Vaike-Kopu_(Puiatu)_vallavalitsus, lk 25
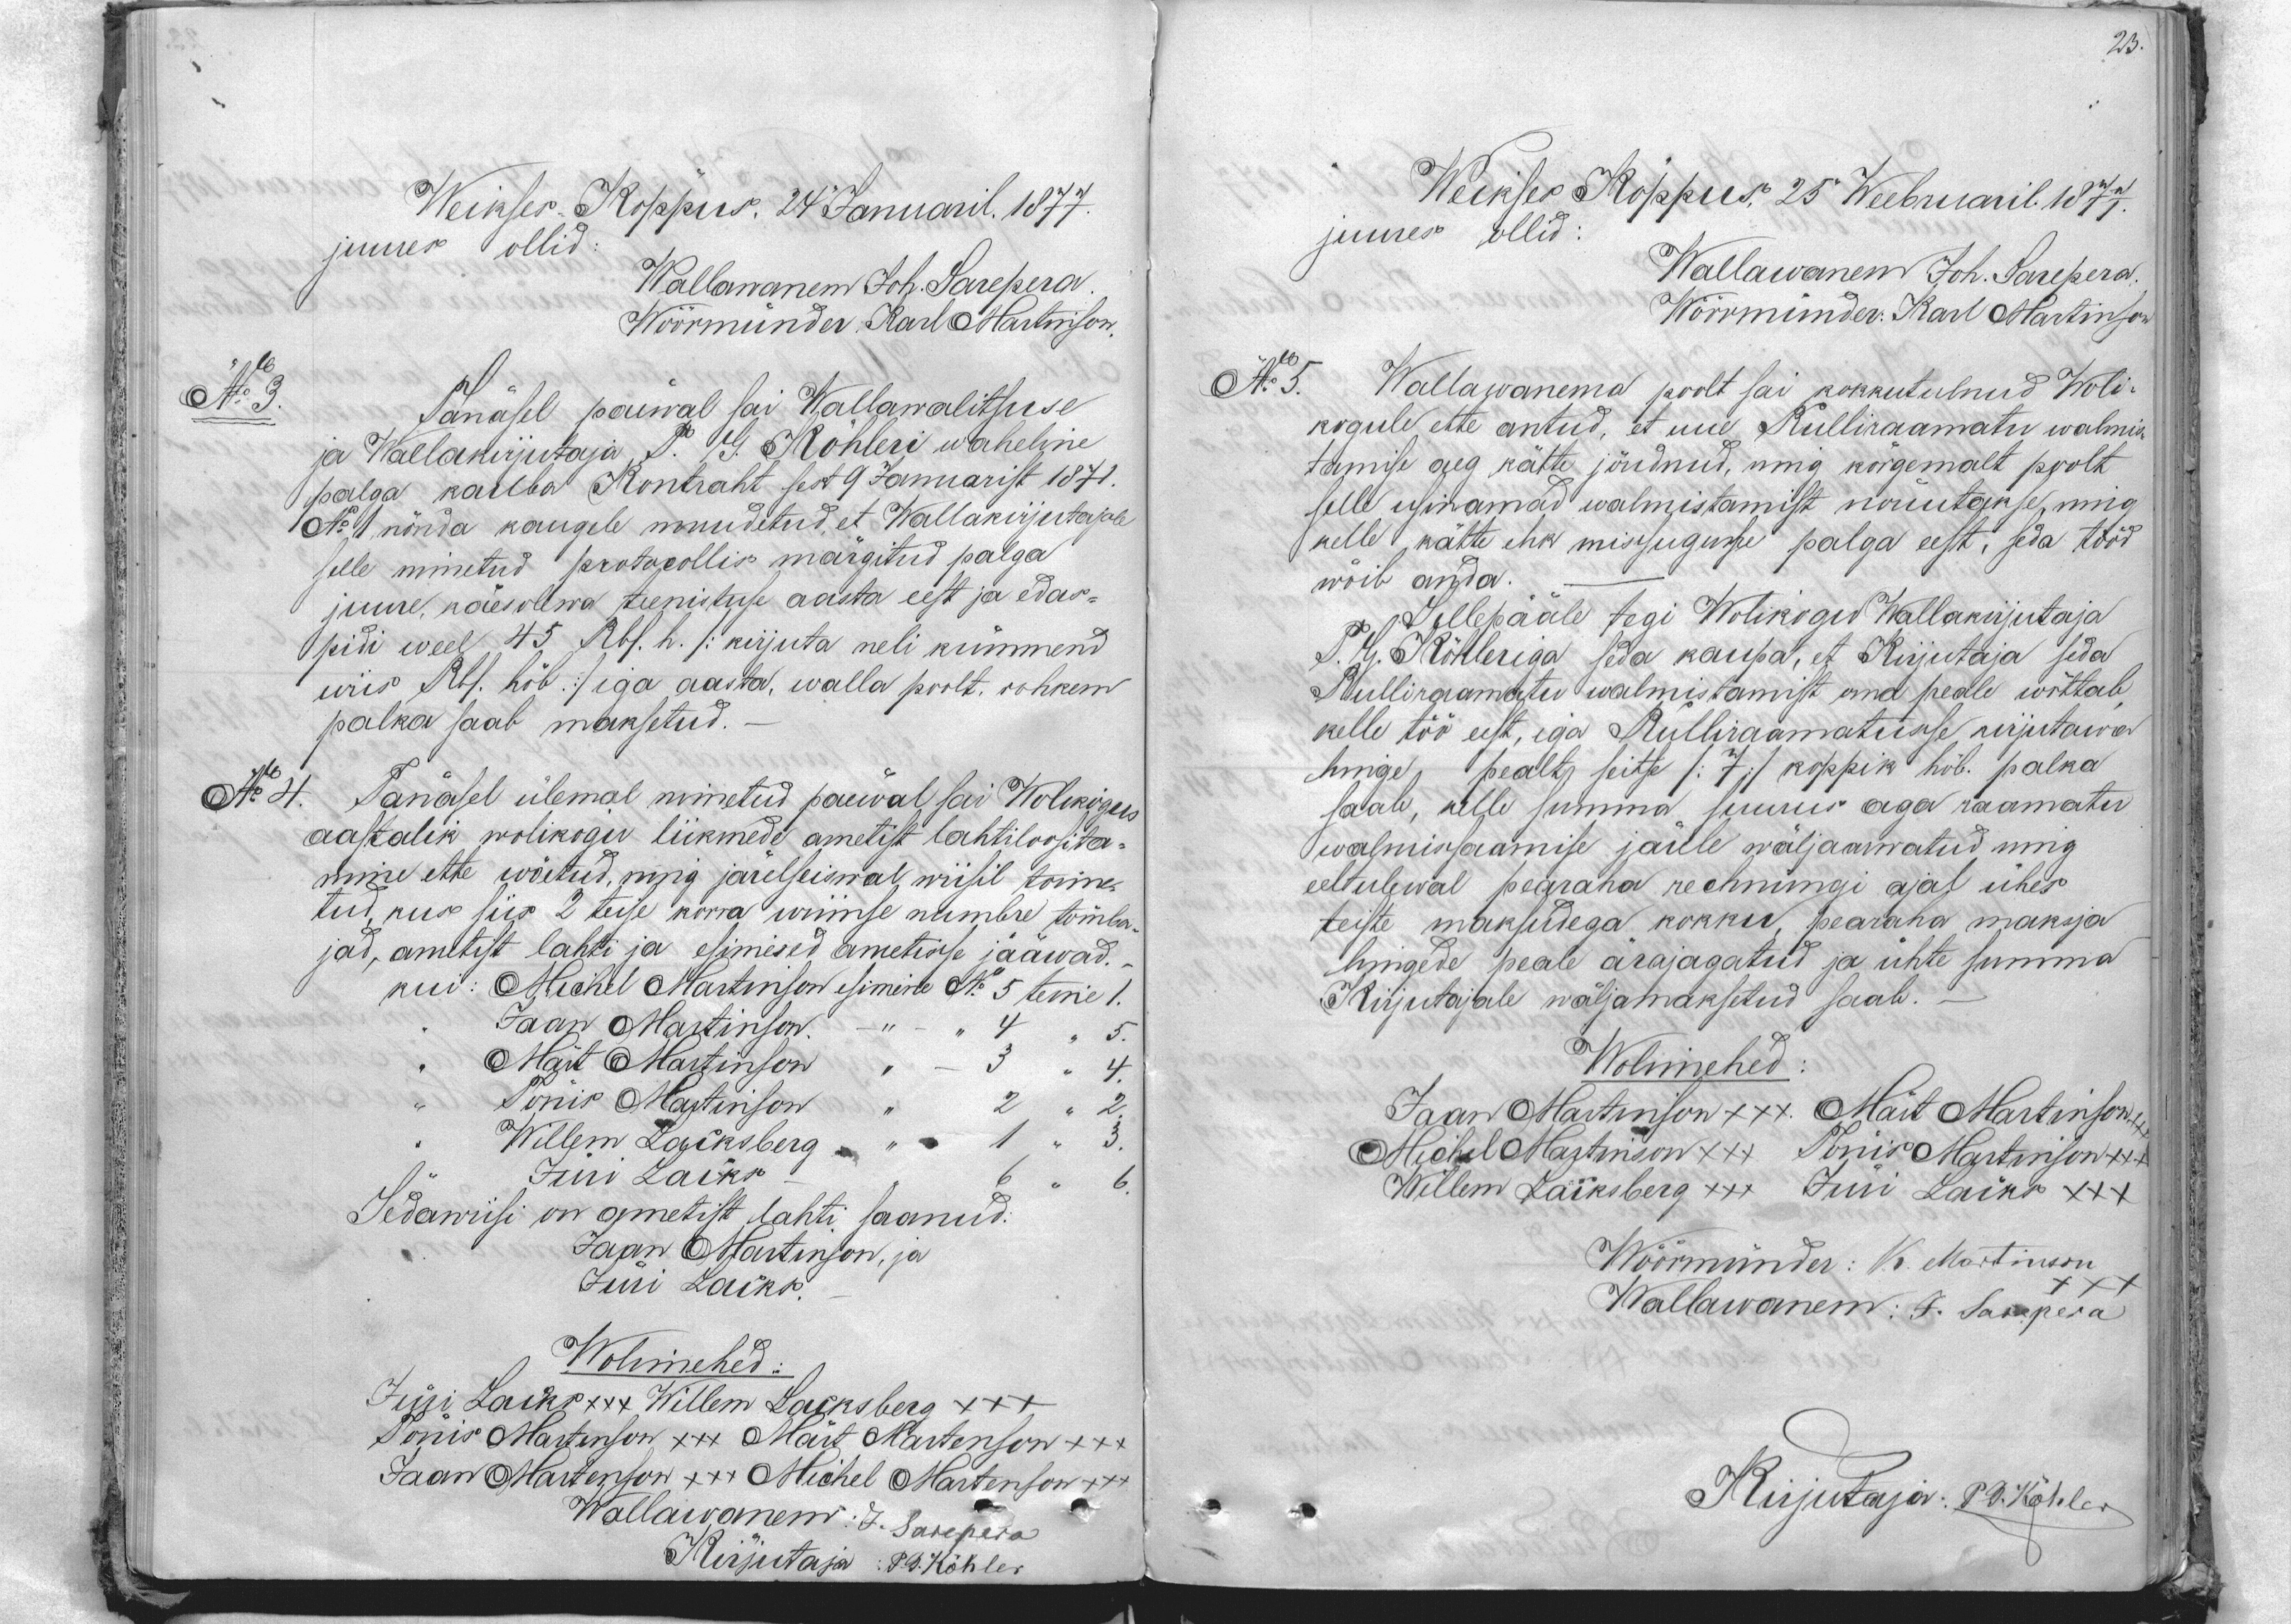
23.

Weikses Köppus. 24 Januaril 1877.
juures ollid
Wallawanem Joh. Sarepera
Wöörmünder Karl Martinson.
No 3
Sänäsel päeval sai Wallawalitsuse
ja Wallakirjutaja P. G. Köhleri waheline
palga kaeba Kontraht sest 9 Januarist 1871.
No 1 nõnda kaugele muudetud, et Wallakirjutajale
selle nimetud protokollis märgitud palga
juure, käesolewa teenistuse aasta eest ja edas-
pidi weel 45 Rbl. h. /kirjuta neli kümmend
wiis Rbl hõb/ iga aasta, walla poolt, rohkem
palka saab maksetud.
No 4. Tänasel ülemal nimetud päewal sai Wolikogus
aastalik wolikogu liikmede ametist lahtiloosita-
mine ette wöetud, ning järelseiswal, wiisil toime-
tud, kus siis 2 teise korra wiimse numbre tõmba
jad, ametist lahti ja esimesed ametisse jääwad.
kui: Michel Martinson esimine No  5 teine 1.
Jaan Martinson. - " - 4 " 5.
"Märt Martinson" - 3 " 4.
Tönis Martinson " 2 " 2
Willem Lacksberg - " 1 " 3
Jüri Laiks
6  "  6
Sedawiisi on ametist lahti saanud.
Jaan Martinson, ja
Jüri Lacks.
Wolimehed:
Jüri Lacks +++ Willem Lacksberg +++
Tönis Martinson xxx Mart Martenson +++
Jaan Martenson +++ Michel Martenson +++
Wallawanem: J. Sarepera
Kirjutaja: P. G. Köhler

Weikses Köppus, 25 Weebruaril 1877.
juures ollid.
Wallawanem Joh. Sarepera.
Wörrmünder: Karl Martinson
Nr 5. Wallawanema poolt sai kokkutulnud Woli-
kogule ette antud, et uue Rulliraamatu walmis
tamise aeg kätte jöudnud, ning körgemalt poolt
selle usinamad walmistamist nöuutakse, ning
kelle kätte ehk missugusse palga eest, seda tööd
wõib anda
Sellepääle tegi Wolikogu wallakirjutaja
P. G. Köhleriga seda kaupa, et Kirjutaja seda
Rulliraamatu walmistamist oma peale wöttab
kelle töö eest, iga Rulliraamatusse kirjutawa
hinge pealt seitse /:7:/ koppik hõb. palka
saab, kelle summa suurus aga raamatu
walmissaamise järele wäljaarwatud ning
eeltulewal pearaha rechnungi ajal ühes
teiste maksudega kokku, pearaha maksja
hingede peale ärajagatud ja ühte summa
kirjutajale wäljamaksetud saab.
Wolimehed
Jaan Martinson +++. Märt Martinson,
Michel Martinson +++ Tönis Martinson++ +
Willem Lacksberg +++ Jüri Lacks XXX
Wöörmünder: K Martinson
Wallawanem: J. Sarepera
Kirjutaja: P. G. Köhler